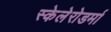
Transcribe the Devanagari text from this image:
स्केलेरोडर्मा